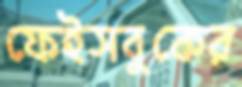
ফেইসবুকের